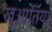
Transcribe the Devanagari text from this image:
ख्आतिया